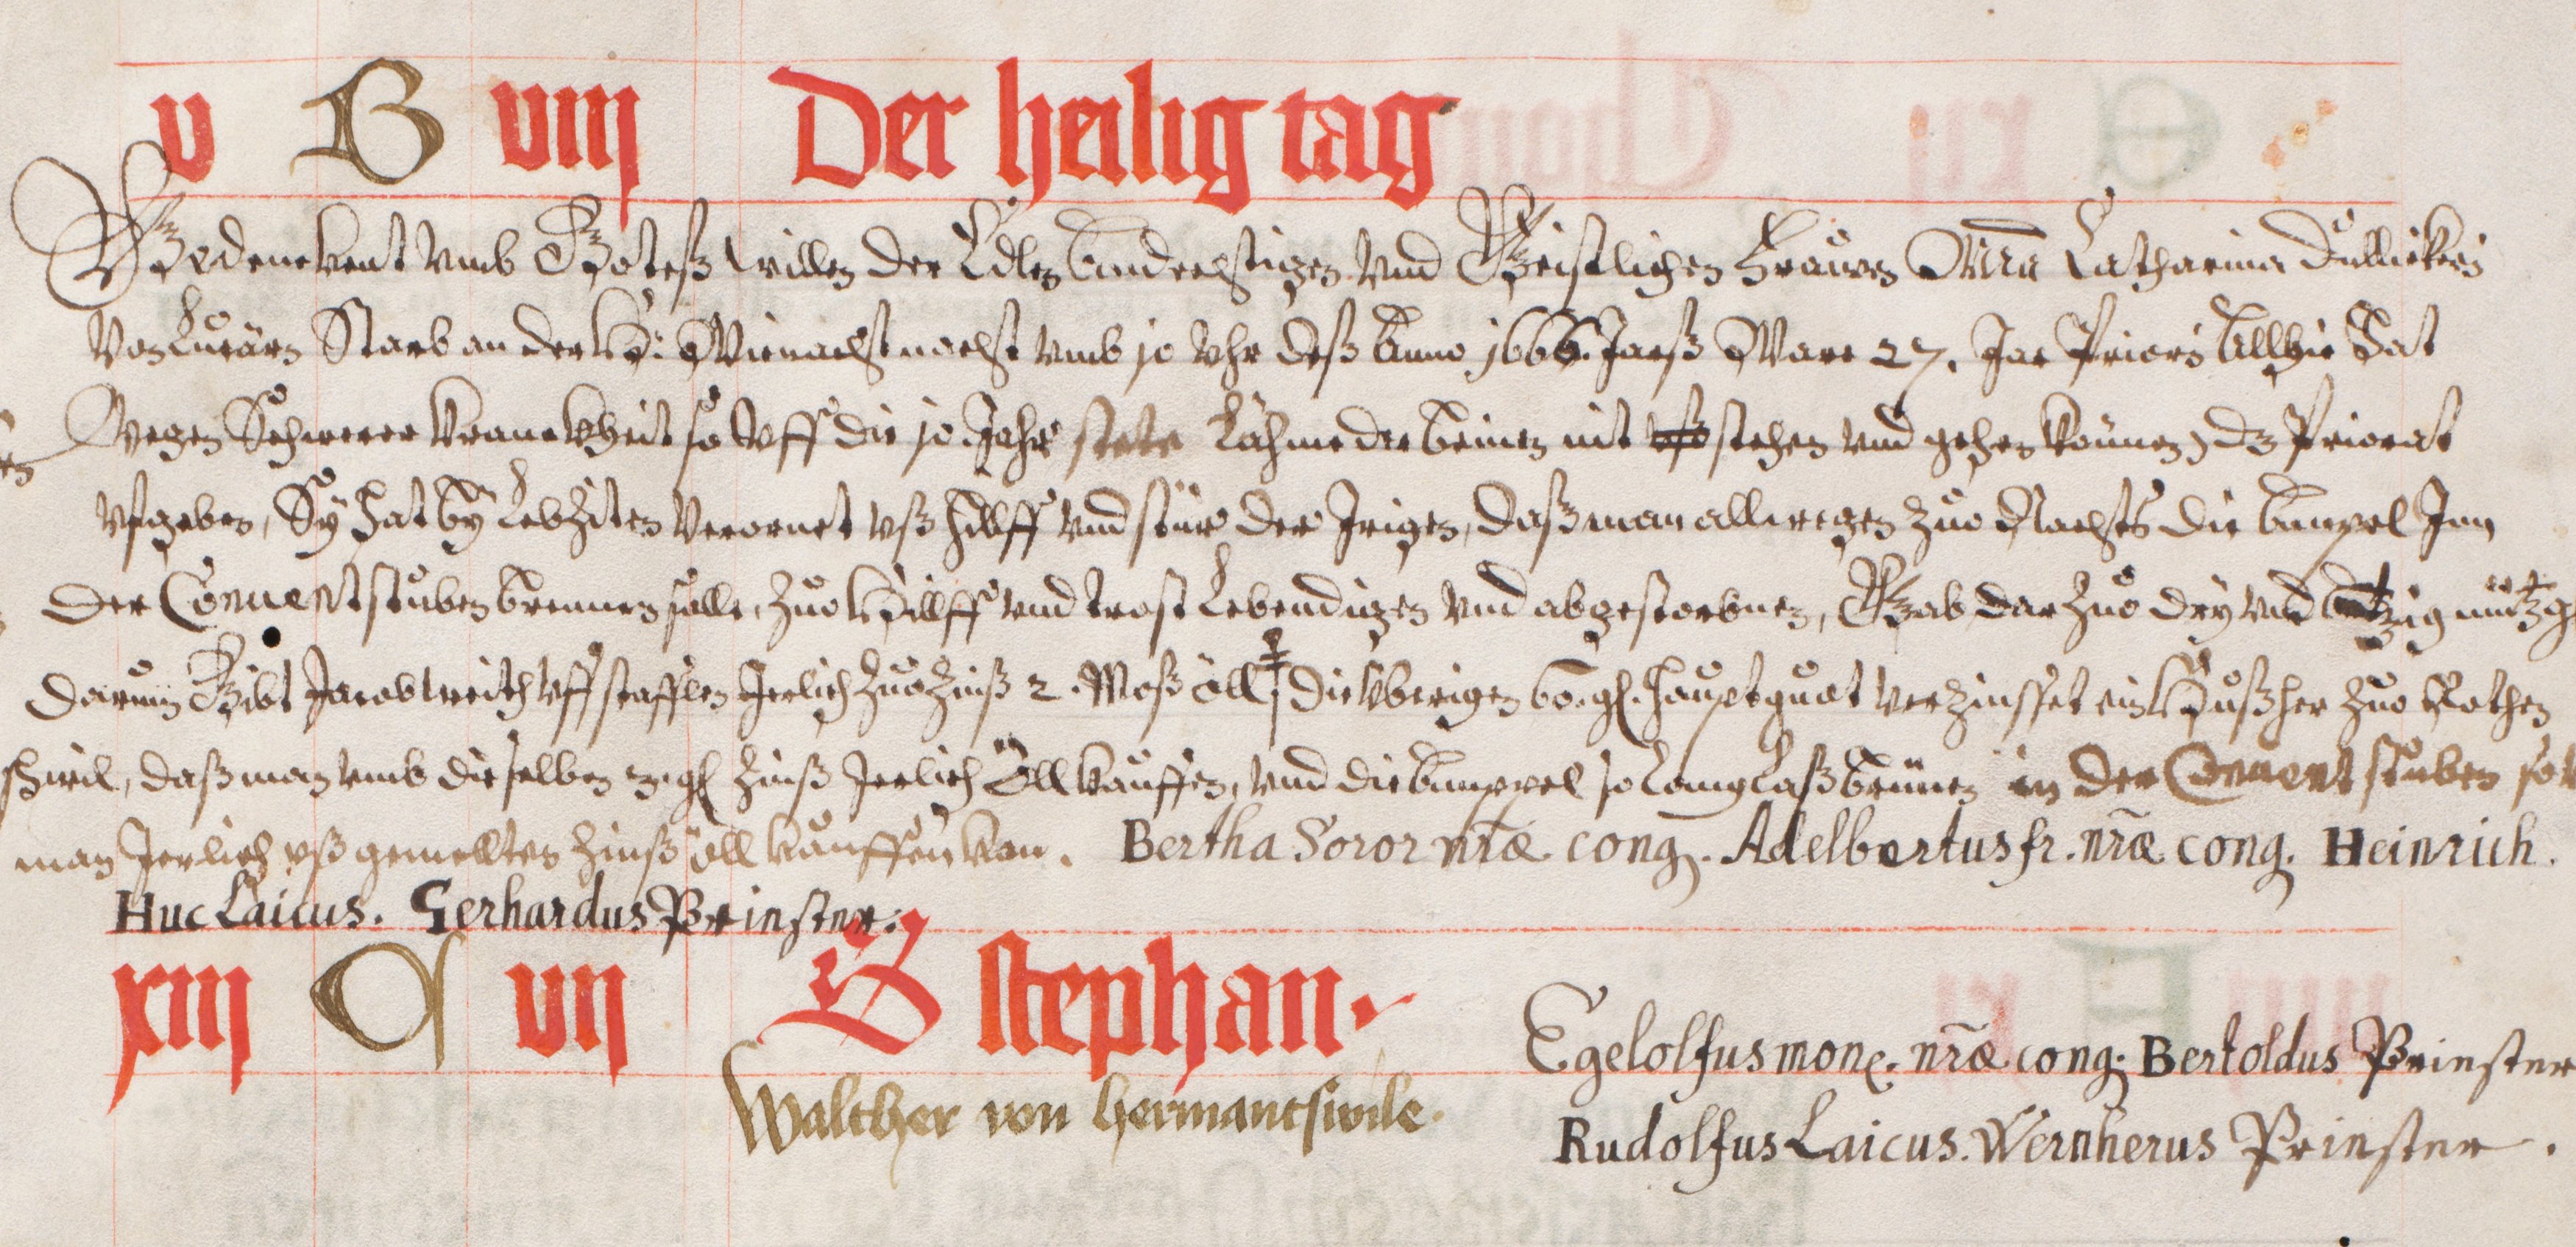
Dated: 1441–1441